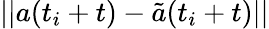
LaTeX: ||a(t_{i}+t)-\tilde{a}(t_{i}+t)||